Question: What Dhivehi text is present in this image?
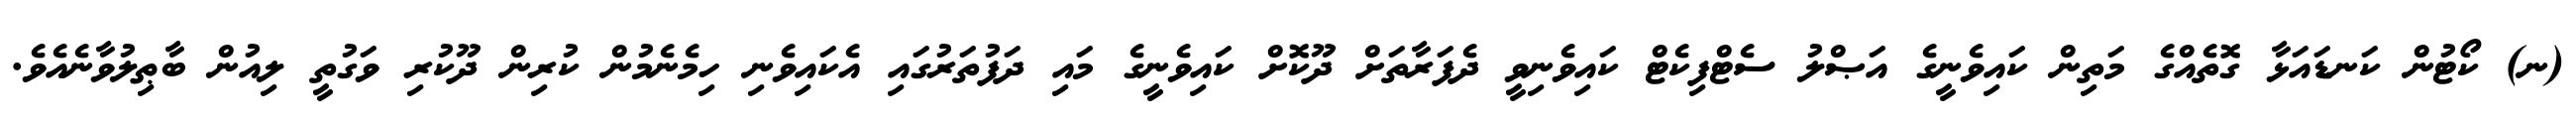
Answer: (ނ) ކޯޓުން ކަނޑައަޅާ ގޮތެއްގެ މަތިން ކައިވެނީގެ އަޞްލު ސެޓްފިކެޓް ކައިވެނިވީ ދެފަރާތަށް ދޫކޮށް ކައިވެނީގެ މައި ދަފުތަރުގައި އެކައިވެނި ހިމެނެމުން ކުރިން ދޫކުރި ވަގުތީ ލިއުން ބާޠިލުވާނެއެވެ.